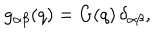
g _ { \alpha \beta } ( q ) = G ( q ) \, \delta _ { \alpha \beta } ,